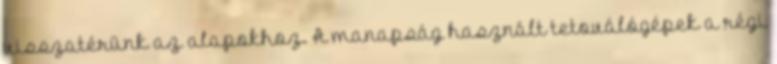
visszatérünk az alapokhoz. A manapság használt tetoválógépek a régi